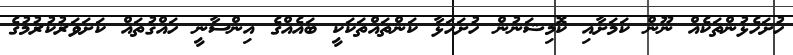
ހުށަހެޅުންތަކެއް ނޫން ކަމަށާއި ކޮމިޝަނުން ހުށަހަޅާ ކަންތައްތަކަކީ ބައެއްގެ އިންސާނީ ހައްޤުތައް ކަށަވަރުކުރުމުގެ